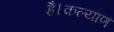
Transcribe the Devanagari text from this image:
है।कल्याण